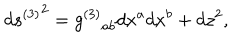
d { s ^ { ( 3 ) } } ^ { 2 } = { g ^ { ( 3 ) } } _ { a b } d x ^ { a } d x ^ { b } + d z ^ { 2 } ,